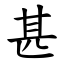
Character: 甚